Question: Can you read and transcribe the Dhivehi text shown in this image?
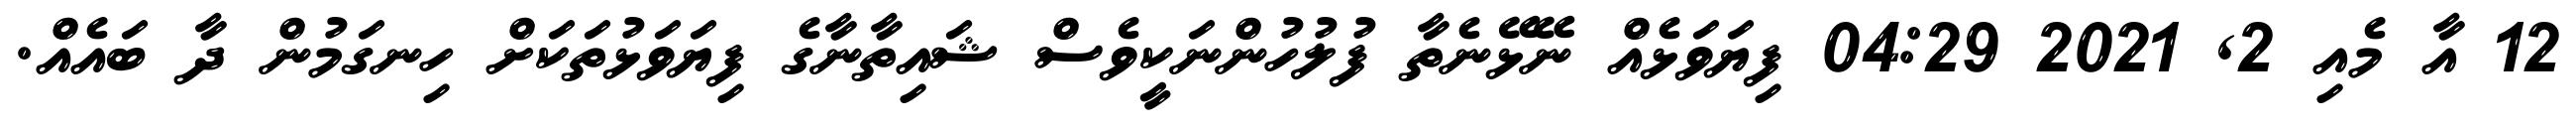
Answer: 12 އާ މެއި 2, 2021 04:29 ފިޔަވަޅެއް ނޭޅޭނެތާ ފުލުހުންނަކީވެސް ޝައިތާނާގެ ފިޔަވަޅުތަކަށް ހިނގަމުން ދާ ބައެއް.